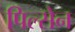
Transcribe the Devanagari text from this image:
पिल्सेन